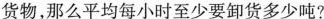
货物，那么平均每小时至少要卸货多少吨?